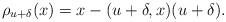
LaTeX: \begin{align*}\rho_{u+\delta}(x)=x-(u+\delta,x)(u+\delta).\end{align*}